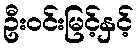
ဦးဝင်းမြင့်နှင့်